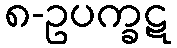
၈-ဥပက္ခဋ